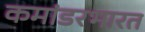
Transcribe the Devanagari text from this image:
कमांडरभारत